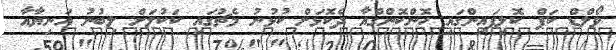
ވޯލްޑް ކަޕް ކޮލިފައިންގައި ހޮންކޮންގްއާ ދެކޮޅަށް ކުޅުނު މެޗުގައި ކަކުލަށް ލިބުނު އަނިޔާއާ